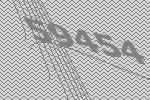
59454